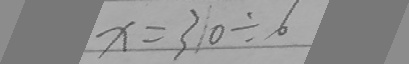
x = 3 1 0 \div 6